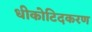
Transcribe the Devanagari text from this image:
धीकोटिदकरण